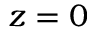
z = 0